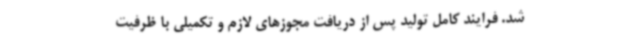
شد. فرایند کامل تولید پس از دریافت مجوزهای لازم و تکمیلی با ظرفیت